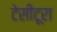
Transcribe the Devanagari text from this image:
टेसीटूरा